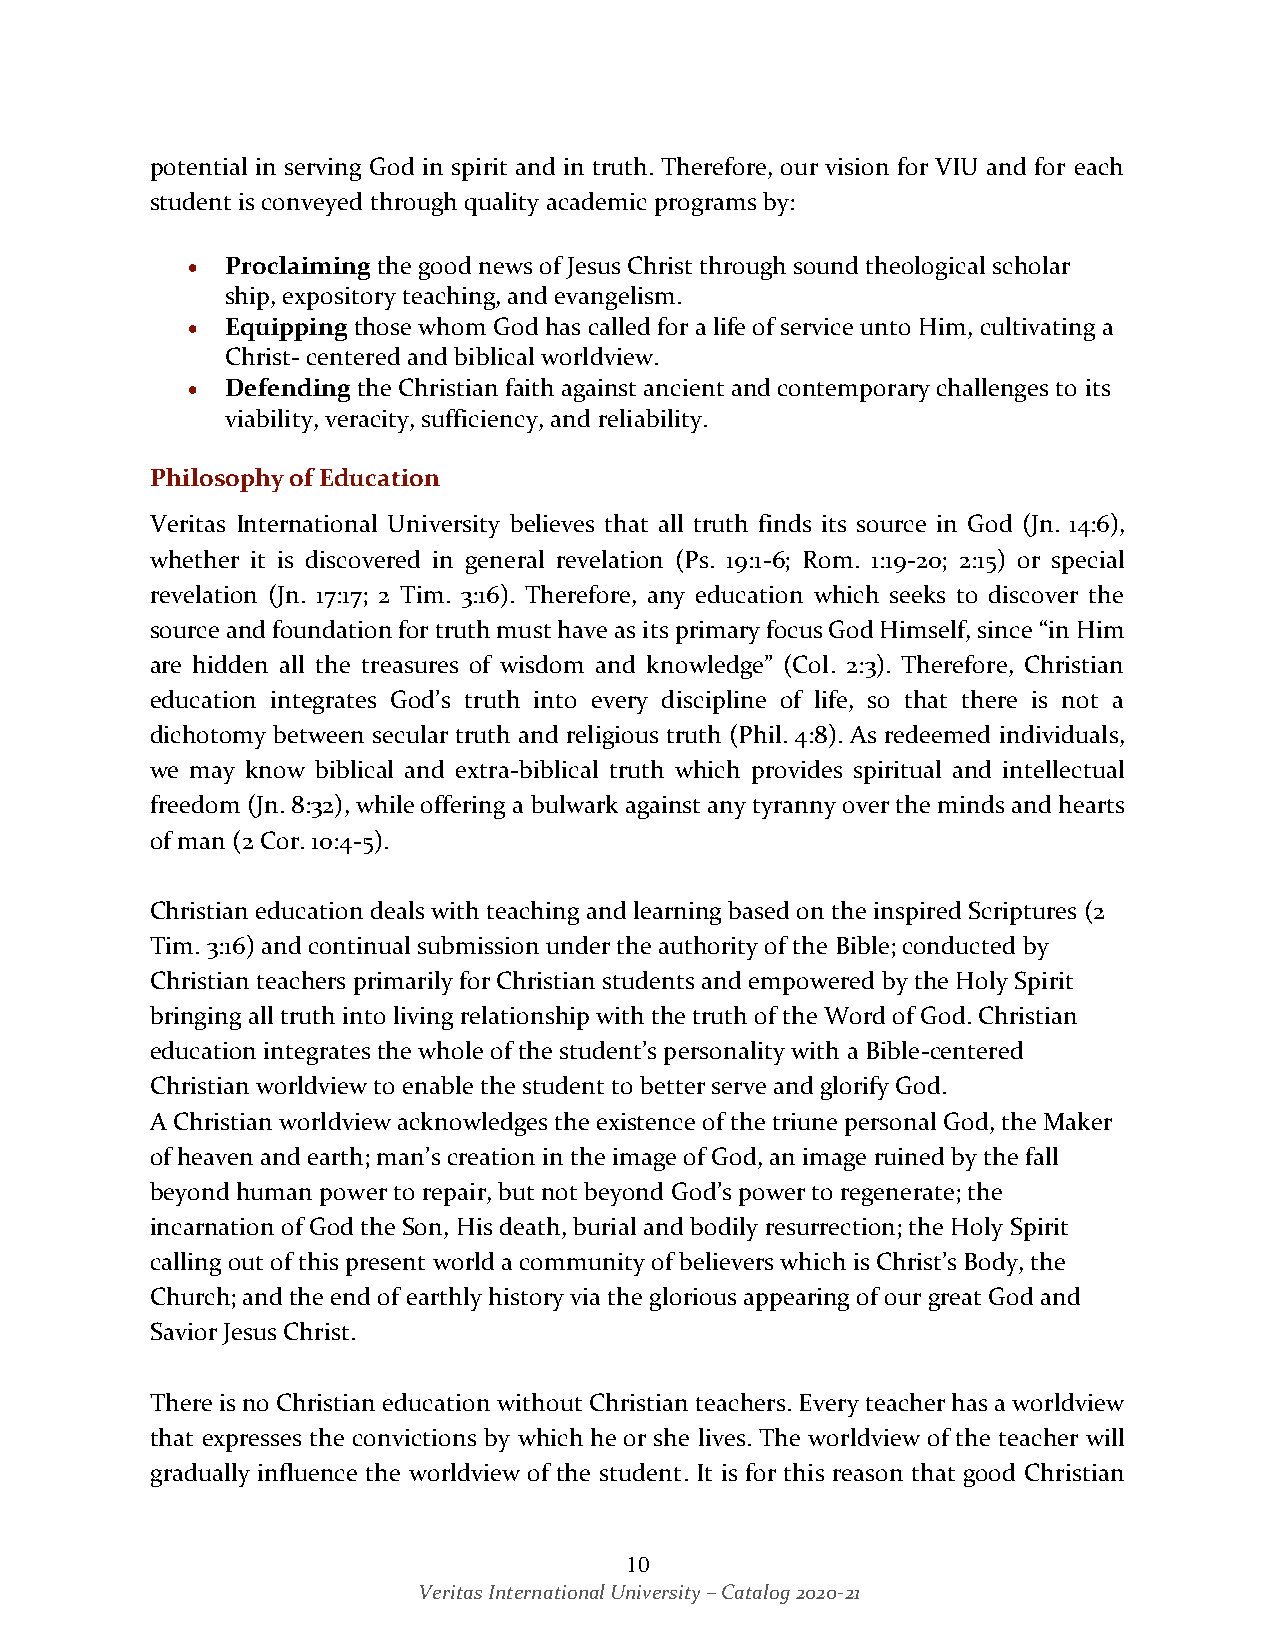
potential in serving God in spirit and in truth. Therefore, our vision for VIU and for each
 student is conveyed through quality academic programs by:
 •  Proclaiming the good news of Jesus Christ through sound theological scholar
 ship, expository teaching, and evangelism.
 •  Equipping those whom God has called for a life of service unto Him, cultivating a
 Christ- centered and biblical worldview.
 •  Defending the Christian faith against ancient and contemporary challenges to its
 viability, veracity, sufficiency, and reliability.
 Philosophy of Education
 Veritas International University believes that all truth finds its source in God (Jn. 14:6),
 whether it is discovered in general revelation (Ps. 19:1-6; Rom. 1:19-20; 2:15) or special
 revelation (Jn. 17:17; 2 Tim. 3:16). Therefore, any education which seeks to discover the
 source and foundation for truth must have as its primary focus God Himself, since “in Him
 are hidden all the treasures of wisdom and knowledge” (Col. 2:3). Therefore, Christian
 education integrates God’s truth into every discipline of life, so that there is not a
 dichotomy between secular truth and religious truth (Phil. 4:8). As redeemed individuals,
 we may know biblical and extra-biblical truth which provides spiritual and intellectual
 freedom (Jn. 8:32), while offering a bulwark against any tyranny over the minds and hearts
 of man (2 Cor. 10:4-5).
 Christian education deals with teaching and learning based on the inspired Scriptures (2
 Tim. 3:16) and continual submission under the authority of the Bible; conducted by
 Christian teachers primarily for Christian students and empowered by the Holy Spirit
 bringing all truth into living relationship with the truth of the Word of God. Christian
 education integrates the whole of the student’s personality with a Bible-centered
 Christian worldview to enable the student to better serve and glorify God.
 A Christian worldview acknowledges the existence of the triune personal God, the Maker
 of heaven and earth; man’s creation in the image of God, an image ruined by the fall
 beyond human power to repair, but not beyond God’s power to regenerate; the
 incarnation of God the Son, His death, burial and bodily resurrection; the Holy Spirit
 calling out of this present world a community of believers which is Christ’s Body, the
 Church; and the end of earthly history via the glorious appearing of our great God and
 Savior Jesus Christ.
 There is no Christian education without Christian teachers. Every teacher has a worldview
 that expresses the convictions by which he or she lives. The worldview of the teacher will
 gradually influence the worldview of the student. It is for this reason that good Christian
 10
 Veritas International University – Catalog 2020-21